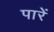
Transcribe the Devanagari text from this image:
पारें